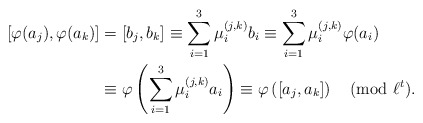
\begin{align*}\begin{aligned}\phantom{.}[\varphi(a_j),\varphi(a_k)] & =[b_j,b_k] \equiv \sum_{i=1}^3 \mu_i^{(j,k)} b_i \equiv \sum_{i=1}^3 \mu_i^{(j,k)} \varphi(a_i) \\ & \equiv \varphi \left( \sum_{i=1}^3 \mu_i^{(j,k)} a_i \right) \equiv \varphi\left( [a_j,a_k] \right) \pmod{\ell^t}.\end{aligned}\end{align*}